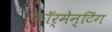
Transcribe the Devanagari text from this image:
फॉर्मेन्टिंग